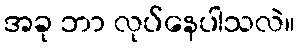
အခု ဘာ လုပ်နေပါသလဲ။